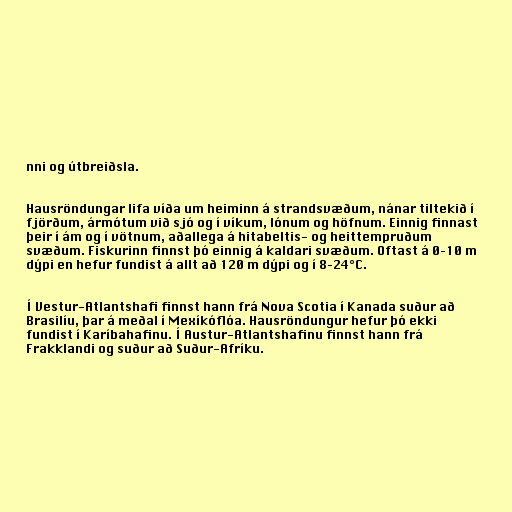
nni og útbreiðsla.

Hausröndungar lifa víða um heiminn á strandsvæðum, nánar tiltekið í
fjörðum, ármótum við sjó og í víkum, lónum og höfnum. Einnig finnast
þeir í ám og í vötnum, aðallega á hitabeltis- og heittempruðum
svæðum. Fiskurinn finnst þó einnig á kaldari svæðum. Oftast á 0–10 m
dýpi en hefur fundist á allt að 120 m dýpi og í 8–24°C.

Í Vestur-Atlantshafi finnst hann frá Nova Scotia í Kanada suður að
Brasilíu, þar á meðal í Mexíkóflóa. Hausröndungur hefur þó ekki
fundist í Karíbahafinu. Í Austur-Atlantshafinu finnst hann frá
Frakklandi og suður að Suður-Afríku.